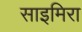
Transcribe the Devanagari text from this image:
साइमिरा